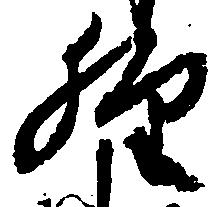
経